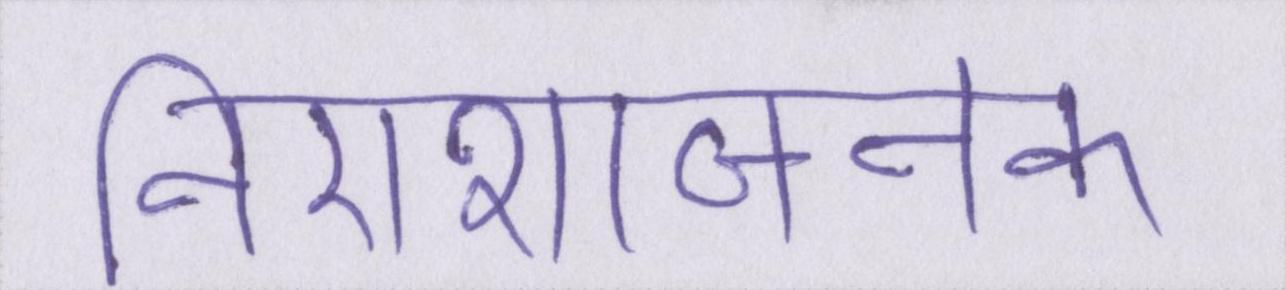
निराशाजनक